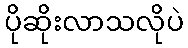
ပိုဆိုးလာသလိုပဲ